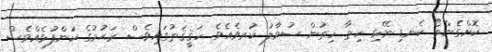
ކޮށްގެންތޯ ކެނޑި ނޭޅި ހިތާ ހިތުން ސުވާލު ކުރވެއެވެ. ހަޤީޤަތުގައިވެސް ރަޙުމުގެ ކަންފުޅެއްވެސް